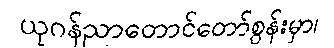
ယုဂန်ညာတောင်တော်စွန်းမှာ၊